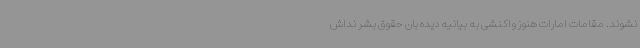
نشوند. مقامات امارات هنوز واکنشی به بیانیه دیده بان حقوق بشر نداش